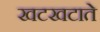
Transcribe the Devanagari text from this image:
खटखटाते